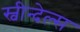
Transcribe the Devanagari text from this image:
स्वीन्देल्स